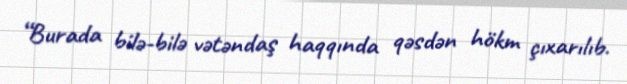
“Burada bilə-bilə vətəndaş haqqında qəsdən hökm çıxarılıb.